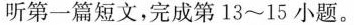
听第一篇短文,完成第 13~15 小题.。